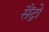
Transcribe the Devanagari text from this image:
सैंद्रो